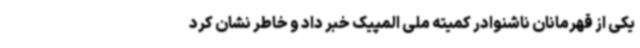
یکی از قهرمانان ناشنوادر کمیته ملی المپیک خبر داد و خاطر نشان کرد